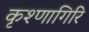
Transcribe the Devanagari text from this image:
कृश्णागिरि